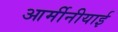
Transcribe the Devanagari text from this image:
आर्मीनीयाई